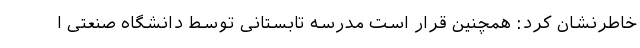
خاطرنشان کرد: همچنین قرار است مدرسه تابستانی توسط دانشگاه صنعتی ا